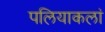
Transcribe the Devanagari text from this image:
पलियाकलां